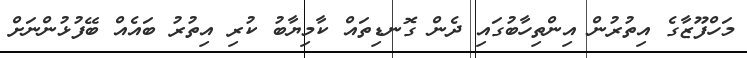
މަހްފޫޒާގެ އިތުރުން އިންތިހާބުގައި ދެން ގޮނޑިތައް ކާމިޔާބު ކުރި އިތުރު ބައެއް ބޭފުޅުންނަށް